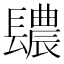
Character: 𨲳